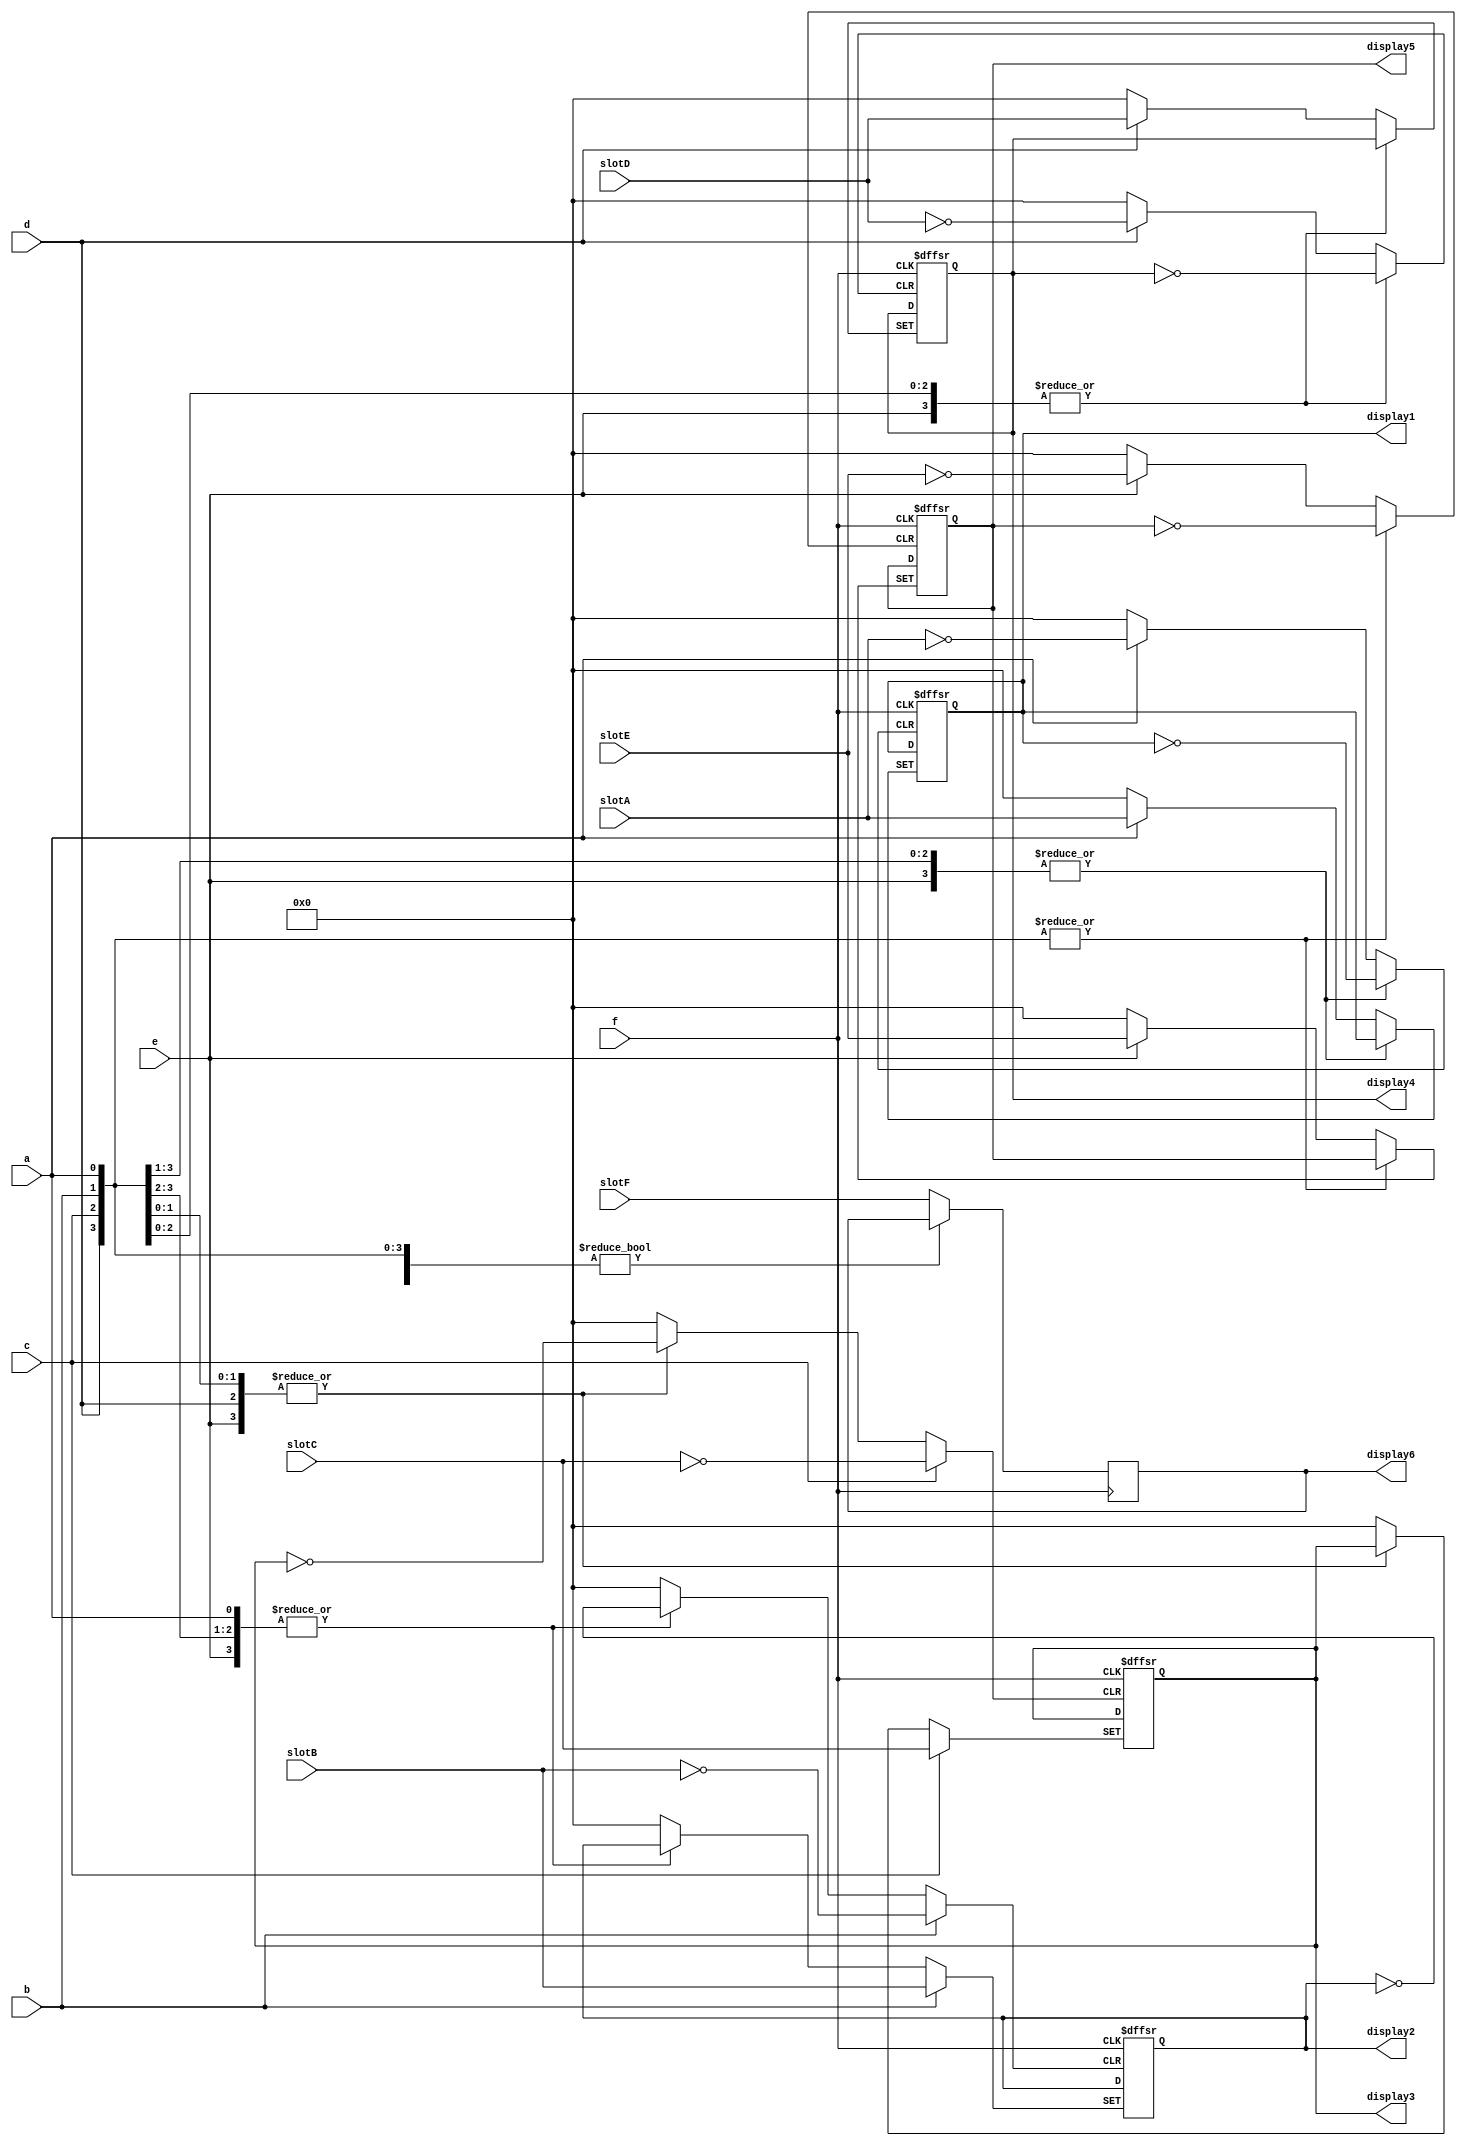
module displayWinLose(a,b,c,d,e,f,slotA,slotB,slotC,slotD,slotE,slotF,display1,display2,display3,display4,display5,display6);
	input a,b,c,d,e,f;
	input [0:4] slotA,slotB,slotC,slotD,slotE,slotF;
	output reg [0:4] display1,display2,display3,display4,display5,display6;
	always@(posedge a,posedge b,posedge c,posedge d,posedge e,posedge f)
		begin
			if(a==1)
				begin
					display1=slotA;
				end
			else if(b==1)
				begin
					display2=slotB;
				end
			else if(c==1)
				begin
					display3=slotC; // Note that there is so much fan out that there is a significant delay,
					//please ask Mike and mitch to change their outputs
				end
			else if(d==1)
				begin
					display4=slotD;
				end
			else if(e==1)
				begin
					display5=slotE;
				end
			else if(f==1)
				begin 
					display6=slotF;
				end
		end

endmodule